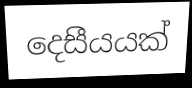
දෙසීයයක්